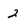
Character: 2